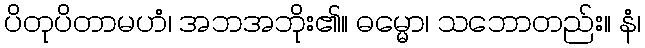
ပိတုပိတာမဟံ၊ အဘအဘိုး၏။ ဓမ္မော၊ သဘောတည်း။ နံ၊